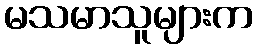
မသမာသူများက